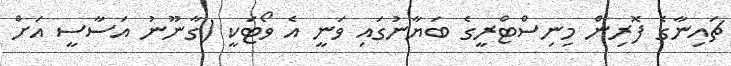
ޗައިނާގެ ފޮރިން މިނިސްޓްރީގެ ބަޔާނުގައި ވަނީ އެ ވޯޓަކީ (ގާނޫނު އަސާސީ އަށް